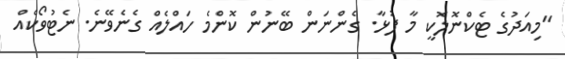
"މިއަދުގެ ޓެކްނޮލޮކީ މާ ފުޅާ. ގެންނަން ބޭނުން ކޮންމެ ހައްލެއް ގެނެވޭނެ. ނެޓުވޯކެއް